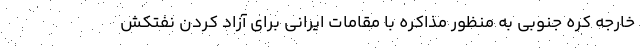
خارجه کره جنوبی به منظور مذاکره با مقامات ایرانی برای آزاد کردن نفتکش